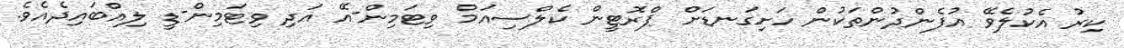
ކިރު އެކުލެވޭ އުފެންދުންތަކުން ހަށިގަނޑަށް ޕްރޮޓީން ކެލްސިއަމް ވިޓަމިން-އޭ އަދި ވިޓަމިން-ޑީ ލިއްބައިދެއެވެ.